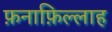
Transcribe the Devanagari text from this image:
फ़नाफ़िल्लाह